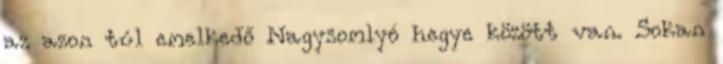
az azon túl emelkedő Nagysomlyó hegye között van. Sokan